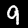
Digit: 9